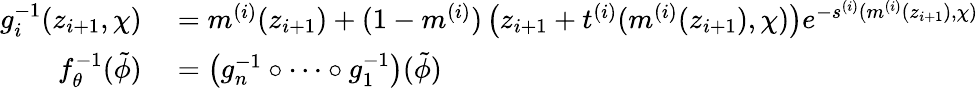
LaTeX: \begin{array}{rl}{g_{i}^{-1}(z_{i+1},\chi)}&{{}=m^{(i)}(z_{i+1})+(1-m^{(i)})\left(z_{i+1}+t^{(i)}(m^{(i)}(z_{i+1}),\chi)\right)e^{-s^{(i)}(m^{(i)}(z_{i+1}),\chi)}}\\ {f_{\theta}^{-1}(\tilde{\phi})}&{{}=\left(g_{n}^{-1}\circ\dots\circ g_{1}^{-1}\right)(\tilde{\phi})}\end{array}